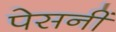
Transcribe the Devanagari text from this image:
पेसनीं